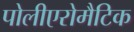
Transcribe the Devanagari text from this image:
पोलीएरोमैटिक